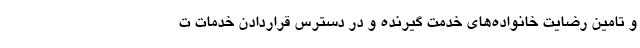
و تامین رضایت خانواده‌های خدمت گیرنده و در دسترس قراردادن خدمات ت